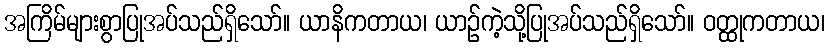
အကြိမ်များစွာပြုအပ်သည်ရှိသော်။ ယာနိကတာယ၊ ယာဉ်ကဲ့သို့ပြုအပ်သည်ရှိသော်။ ဝတ္ထုကတာယ၊